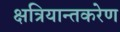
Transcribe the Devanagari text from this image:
क्षत्रियान्तकरेण